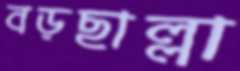
বড়ছাল্লা